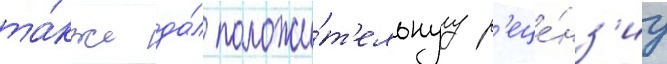
та́кже да́л положи́т'ельнуу р'еце́нз'иу